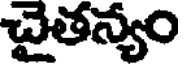
చైతన్యం